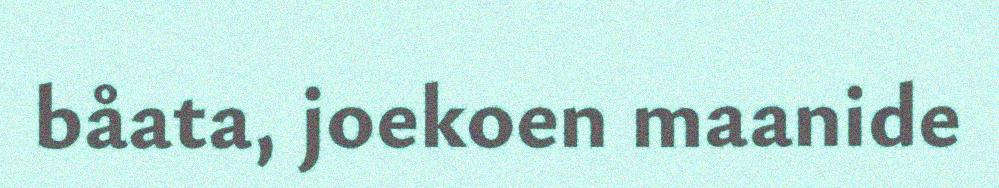
båata, joekoen maanide